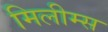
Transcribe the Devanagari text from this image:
मिलीम्स